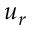
u _ { r }